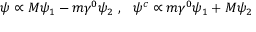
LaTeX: \psi \propto M \psi _ { 1 } - m \gamma ^ { 0 } \psi _ { 2 } ~ , ~ ~ \psi ^ { c } \propto m \gamma ^ { 0 } \psi _ { 1 } + M \psi _ { 2 }